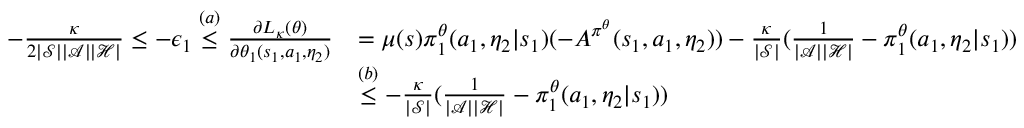
\begin{array} { r l } { - \frac { \kappa } { 2 | \mathcal { S } | | \mathcal { A } | | \mathcal { H } | } \le - \epsilon _ { 1 } \overset { ( a ) } { \le } \frac { \partial L _ { \kappa } ( \theta ) } { \partial \theta _ { 1 } ( s _ { 1 } , a _ { 1 } , \eta _ { 2 } ) } } & { = \mu ( s ) \pi _ { 1 } ^ { \theta } ( a _ { 1 } , \eta _ { 2 } | s _ { 1 } ) ( - A ^ { \pi ^ { \theta } } ( s _ { 1 } , a _ { 1 } , \eta _ { 2 } ) ) - \frac { \kappa } { | \mathcal { S } | } ( \frac { 1 } { | \mathcal { A } | | \mathcal { H } | } - \pi _ { 1 } ^ { \theta } ( a _ { 1 } , \eta _ { 2 } | s _ { 1 } ) ) } \\ & { \overset { ( b ) } { \le } - \frac { \kappa } { | \mathcal { S } | } ( \frac { 1 } { | \mathcal { A } | | \mathcal { H } | } - \pi _ { 1 } ^ { \theta } ( a _ { 1 } , \eta _ { 2 } | s _ { 1 } ) ) } \end{array}